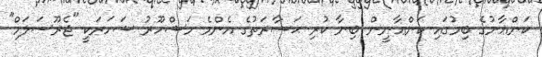
ކަންޢާނުގެ ބިމުގައި ކަންޢާނީން ބިނާ ކުރި ޙަޟާރަތުގެ އެންމެ މަޝްހޫރު ޝަހަރަކީ "ޖެރޫސަލަމް"